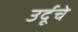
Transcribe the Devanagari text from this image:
उर्दूचे